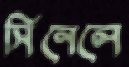
সিনেলে